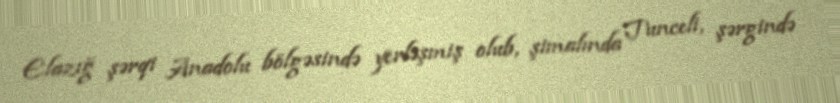
Elazığ şərqi Anadolu bölgəsində yerləşmiş olub, şimalında Tunceli, şərgində